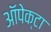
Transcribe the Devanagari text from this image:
ऑपेक्टा